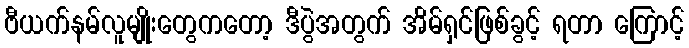
ဗီယက်နမ်လူမျိုးတွေကတော့ ဒီပွဲအတွက် အိမ်ရှင်ဖြစ်ခွင့် ရတာ ကြောင့်